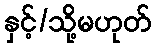
နှင့်/သို့မဟုတ်